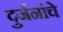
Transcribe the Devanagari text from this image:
दुर्जनांचे